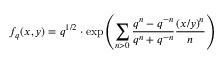
f _ { q } ( x , y ) = q ^ { 1 / 2 } \cdot \mathrm { e x p } \left( \sum _ { n > 0 } \frac { q ^ { n } - q ^ { - n } } { q ^ { n } + q ^ { - n } } \frac { ( x / y ) ^ { n } } { n } \right)